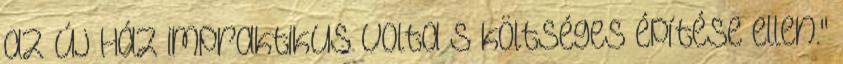
az új Ház impraktikus volta s költséges építése ellen."